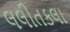
લલીતકલા